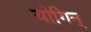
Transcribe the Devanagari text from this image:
योगिन्